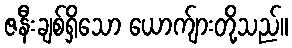
ဇနီးချစ်ရှိသော ယောက်ျားတို့သည်။